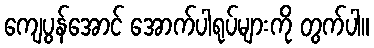
ကျေပွန်အောင် အောက်ပါရုပ်များကို တွက်ပါ။